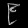
Digit: ၉